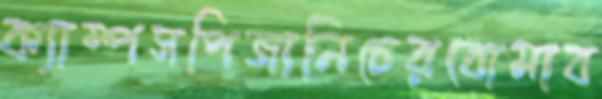
ক্যাম্পসপিজানিচেরবোমাব